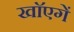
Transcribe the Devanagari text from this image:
खाॅएगें